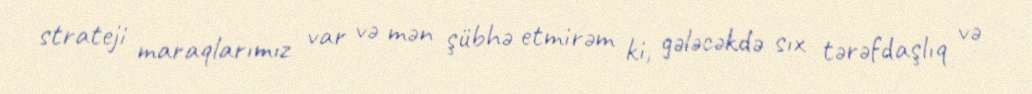
strateji maraqlarımız var və mən şübhə etmirəm ki, gələcəkdə sıx tərəfdaşlıq və